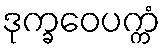
ဒုက္ခဝေပက္ကံ